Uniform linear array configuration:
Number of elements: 48
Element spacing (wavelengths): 0.25
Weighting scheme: hamming
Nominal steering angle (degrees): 45
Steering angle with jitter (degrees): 45.318
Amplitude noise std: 0.05
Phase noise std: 0.05

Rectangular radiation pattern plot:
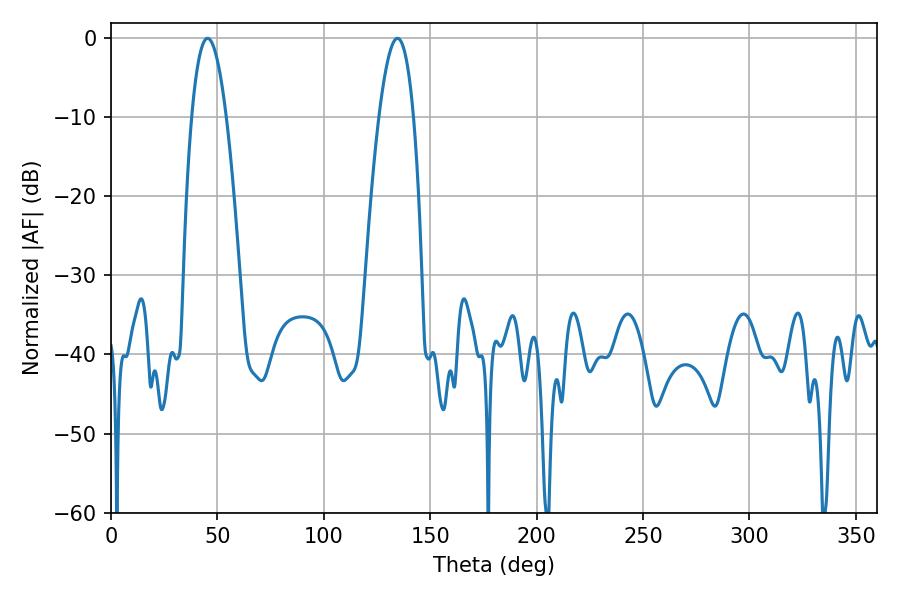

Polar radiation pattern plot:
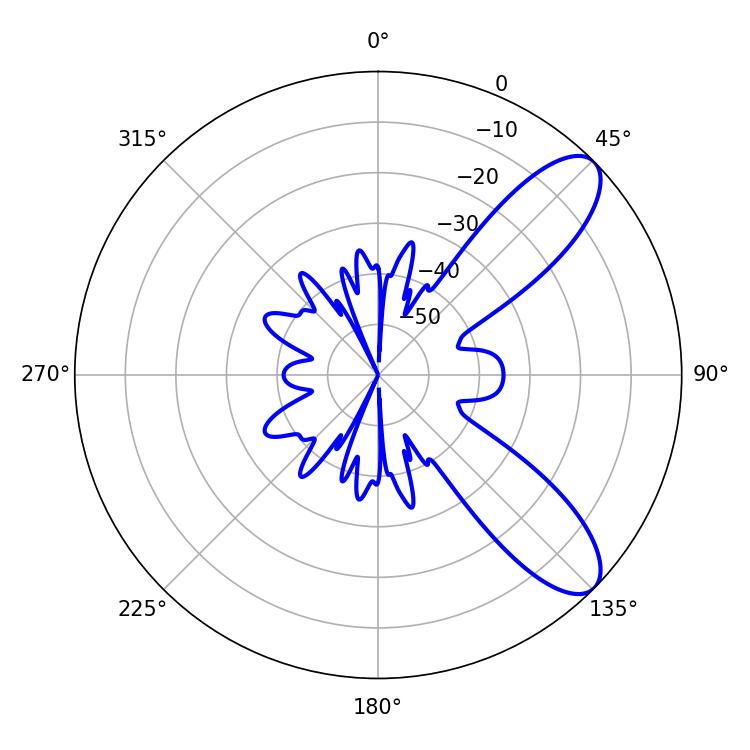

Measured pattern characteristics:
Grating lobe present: FALSE
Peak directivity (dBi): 9.21
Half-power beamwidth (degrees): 9
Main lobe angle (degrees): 45.36